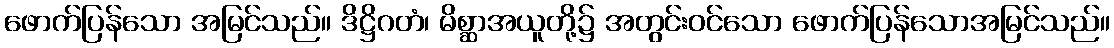
ဖောက်ပြန်သော အမြင်သည်။ ဒိဋ္ဌိဂတံ၊ မိစ္ဆာအယူတို့၌ အတွင်းဝင်သော ဖောက်ပြန်သောအမြင်သည်။